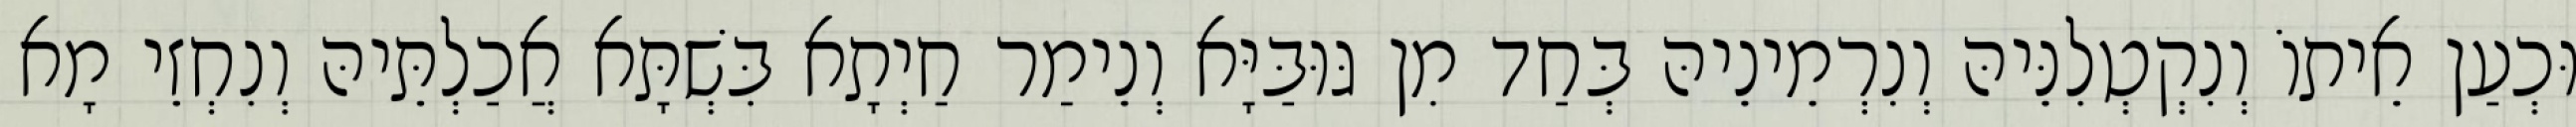
וּכְעַן אֵיתוֹ וְנִקְטְלִנֵּיהּ וְנִרְמֵינֵיהּ בְּחַד מִן גּוּבַּיָּא וְנֵימַר חַיְתָא בִּשְׁתָּא אֲכַלְתֵּיהּ וְנִחְזֵי מָא